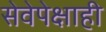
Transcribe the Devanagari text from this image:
सेवेपेक्षाही